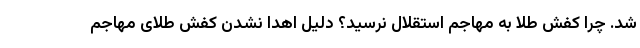
شد. چرا کفش طلا به مهاجم استقلال نرسید؟ دلیل اهدا نشدن کفش طلای مهاجم